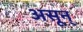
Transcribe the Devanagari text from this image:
असून्